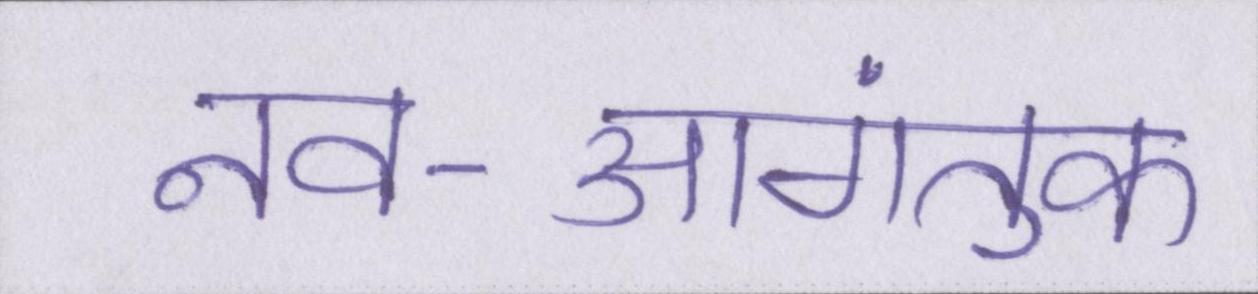
नव-आगंतुक